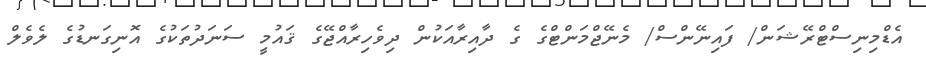
އެޑްމިނިސްޓްރޭޝަން/ ފައިނޭންސް/ މެނޭޖްމަންޓްގެ ގެ ދާއިރާއަކުން ދިވެހިރާއްޖޭގެ ޤައުމީ ސަނަދުތަކުގެ އޮނިގަނޑުގެ ލެވެލް